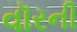
વૉરની